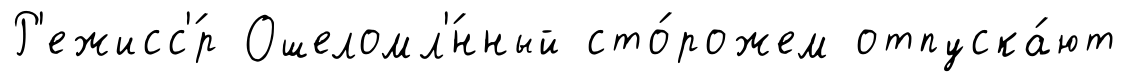
Р'ежисс'́р Ошеломл'́нный сто́рожем отпуска́ют